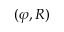
( \varphi , R )